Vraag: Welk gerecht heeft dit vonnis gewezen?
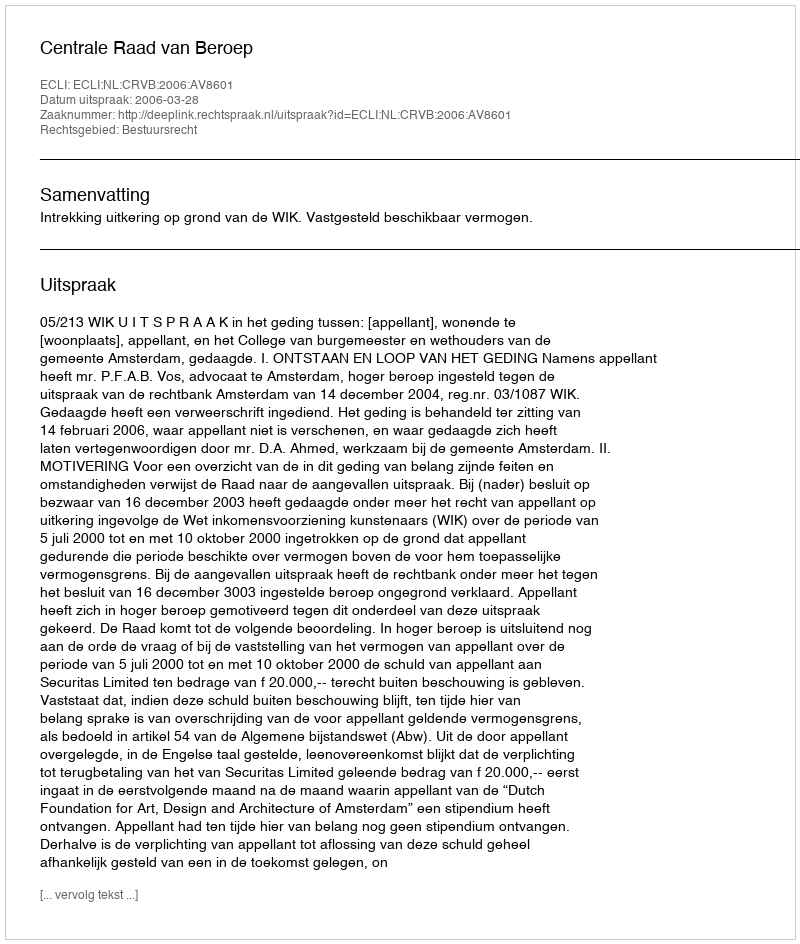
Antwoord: Centrale Raad van Beroep